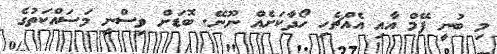
މި ބުނީ ފޭމް އާއި އެއްޗެހި ހޯދާކަށެއް ނޫނޭ. ބޮޑަށް ވިސްނީ މަސައްކަތުގެ